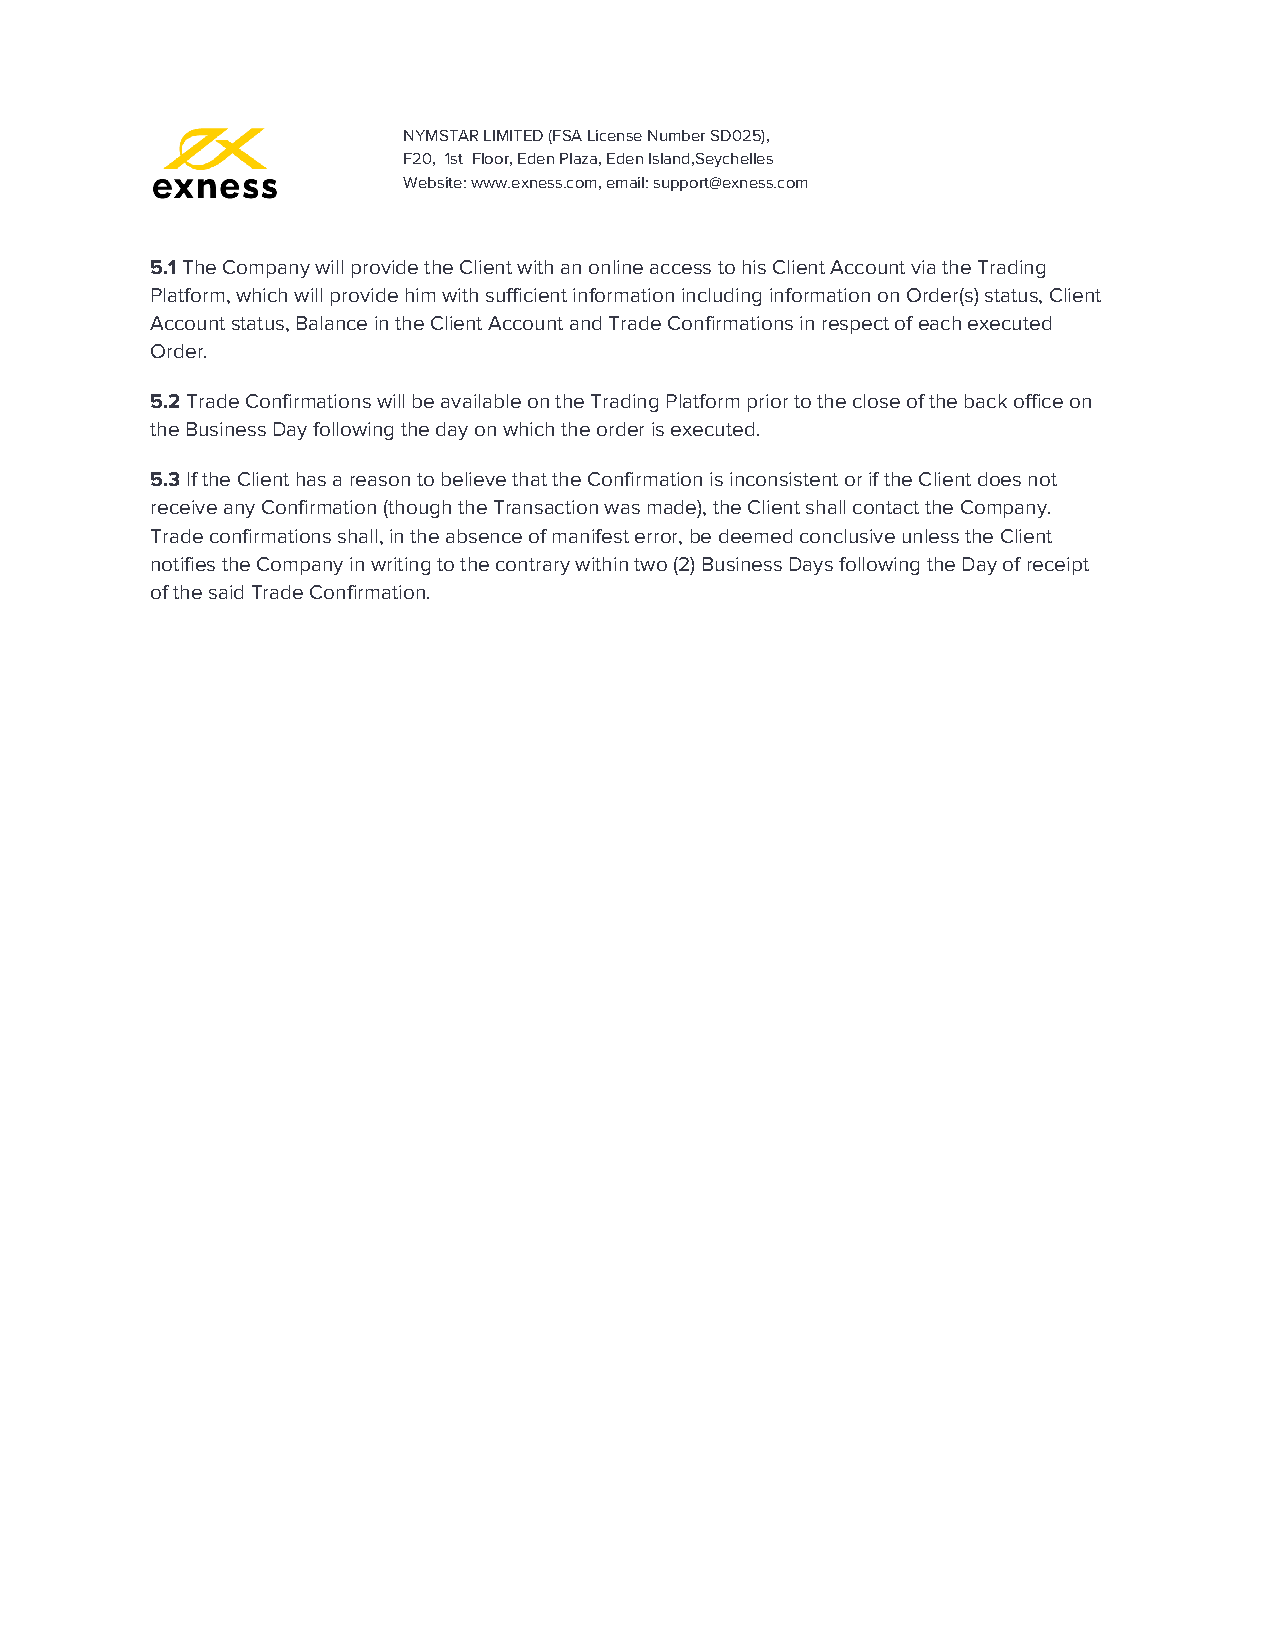
NYMSTAR LIMITED (FSA License Number SD025),
 F20, 1st Floor, Eden Plaza, Eden Island,Seychelles
 Website: www.exness.com, email: support@exness.com
 5.1 The Company will provide the Client with an online access to his Client Account via the Trading
 ​
 Platform, which will provide him with sufficient information including information on Order(s) status, Client
 Account status, Balance in the Client Account and Trade Confirmations in respect of each executed
 Order.
 5.2 Trade Confirmations will be available on the Trading Platform prior to the close of the back office on
 ​
 the Business Day following the day on which the order is executed.
 5.3 If the Client has a reason to believe that the Confirmation is inconsistent or if the Client does not
 ​
 receive any Confirmation (though the Transaction was made), the Client shall contact the Company.
 Trade confirmations shall, in the absence of manifest error, be deemed conclusive unless the Client
 notifies the Company in writing to the contrary within two (2) Business Days following the Day of receipt
 of the said Trade Confirmation.